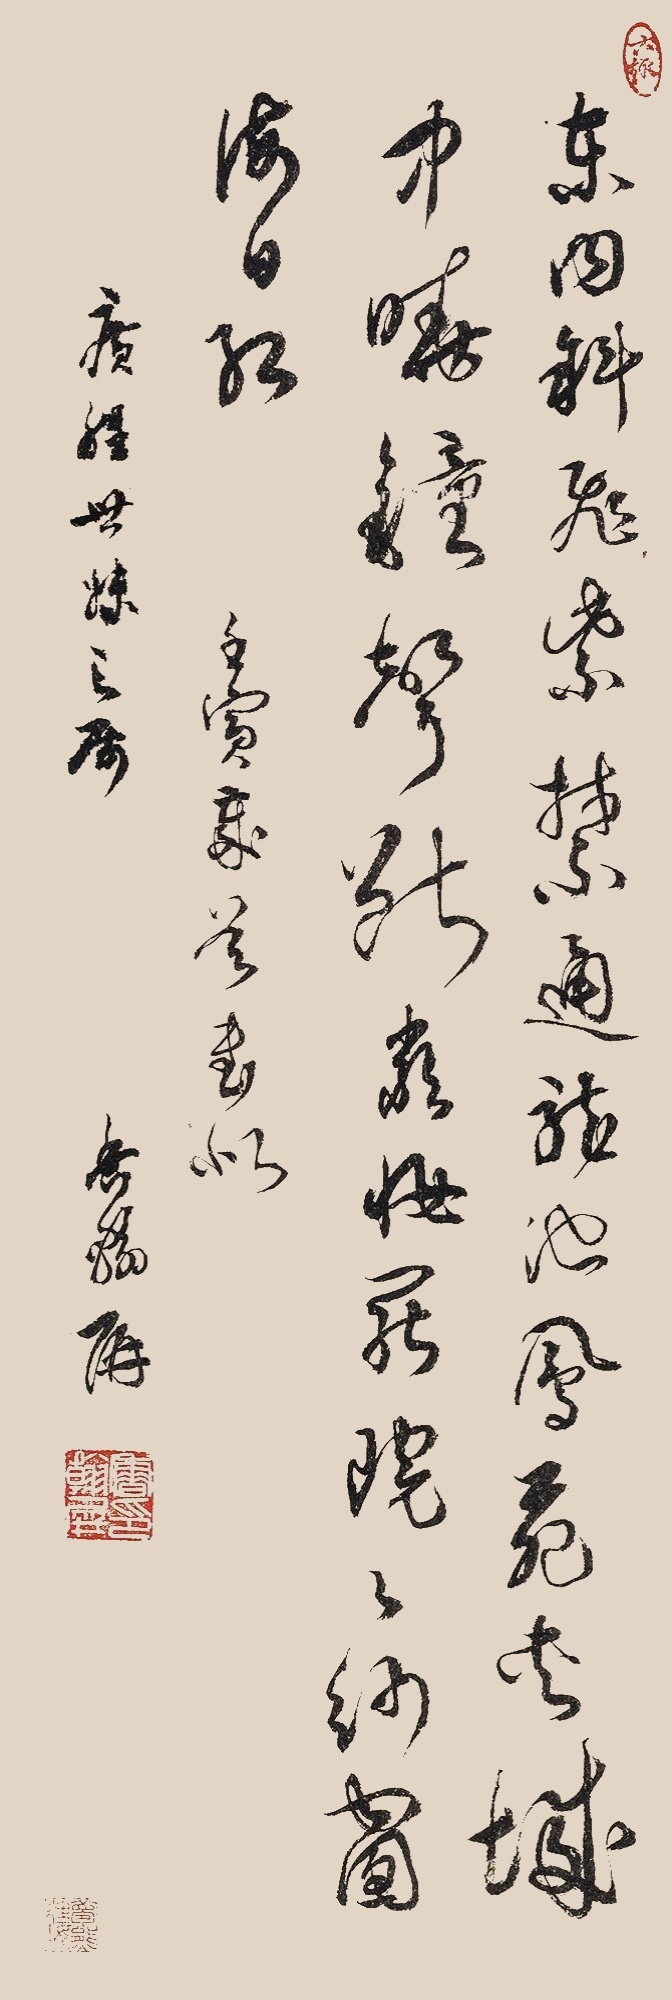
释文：东内斜飞紫禁通，龙池凤苑夹城中。晓钟声断严妆罢，院院纱窗海日红。壬寅岁首，书似广程世妹之属。香翰屏。